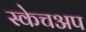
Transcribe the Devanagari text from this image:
स्केचअप